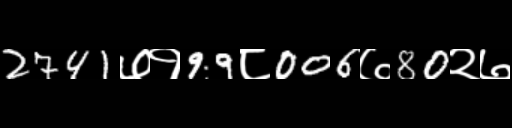
Text: 2741७१99८006७80२७